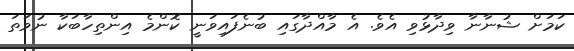
ކަމަށް ޝުނާނާ ވިދާޅުވި އެވެ. އެ މާއްދާގައި ބުނެފައިވަނީ ކޮންމެ އިންތިހާބަކާ ނުވަތަ